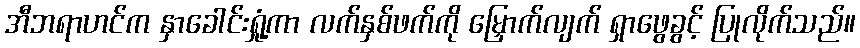
အီဘရာဟင်က နှာခေါင်းရှုံ့ကာ လက်နှစ်ဖက်ကို မြှောက်လျက် ရှာဖွေခွင့် ပြုလိုက်သည်။